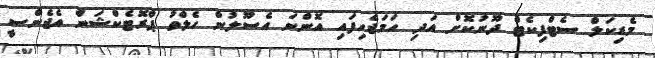
މެޑިކަލް ސެޓްފިކެޓް ދޫނުކޮށް އަދި ހަމަޖެހިފައި އޮންނަ އެސޫލުން ހެލްތު ޕްރޮޓެކްޝަން އެޖެންސީ